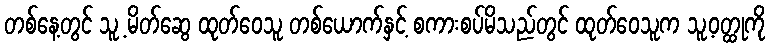
တစ်နေ့တွင် သူ့ မိတ်ဆွေ ထုတ်ဝေသူ တစ်ယောက်နှင့် စကားစပ်မိသည်တွင် ထုတ်ဝေသူက သူ့ဝတ္ထုကို